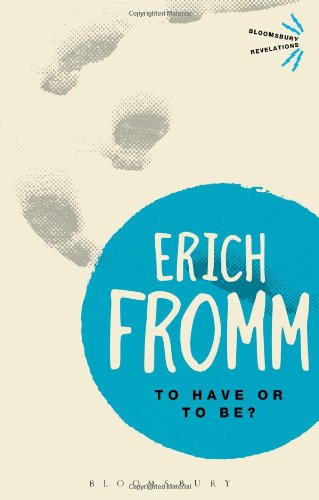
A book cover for To Have or To Be? (Bloomsbury Revelations); Erich Fromm; Politics & Social Sciences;